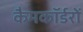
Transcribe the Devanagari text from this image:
कैमकॉर्डरों